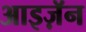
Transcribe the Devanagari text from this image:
आइज़ॅन